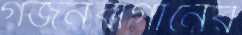
গর্জনবাগানের